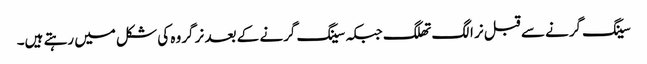
سینگ گرنے سے قبل نر الگ تھلگ جبکہ سینگ گرنے کے بعد نر گروہ کی شکل میں رہتے ہیں۔